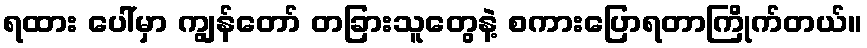
ရထား ပေါ်မှာ ကျွန်တော် တခြားသူတွေနဲ့ စကားပြောရတာကြိုက်တယ်။